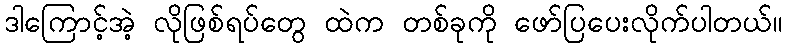
ဒါကြောင့်အဲ့ လိုဖြစ်ရပ်တွေ ထဲက တစ်ခုကို ဖော်ပြပေးလိုက်ပါတယ်။